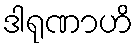
ဒါရုဏာဟိ